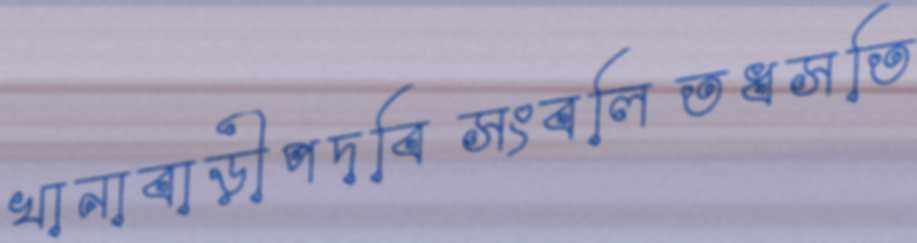
খানাবাড়ীপদবিসংবলিতধসতি